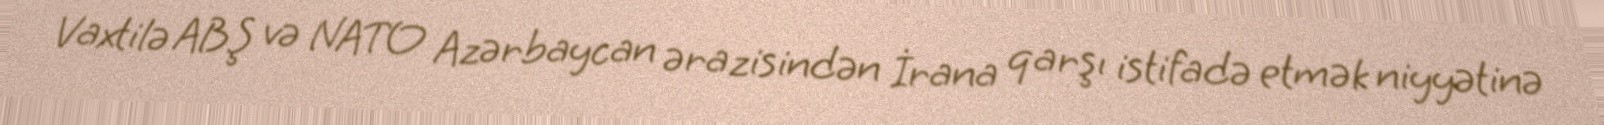
Vaxtilə ABŞ və NATO Azərbaycan ərazisindən İrana qarşı istifadə etmək niyyətinə